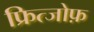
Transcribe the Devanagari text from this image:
फ्रित्जोफ़